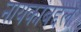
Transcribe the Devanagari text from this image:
नायकांबद्दल